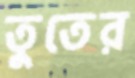
তুতের